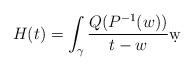
LaTeX: \begin{align*} H(t) = \int_\gamma \frac{Q(P^{-1}(w))}{t-w} \d w \end{align*}